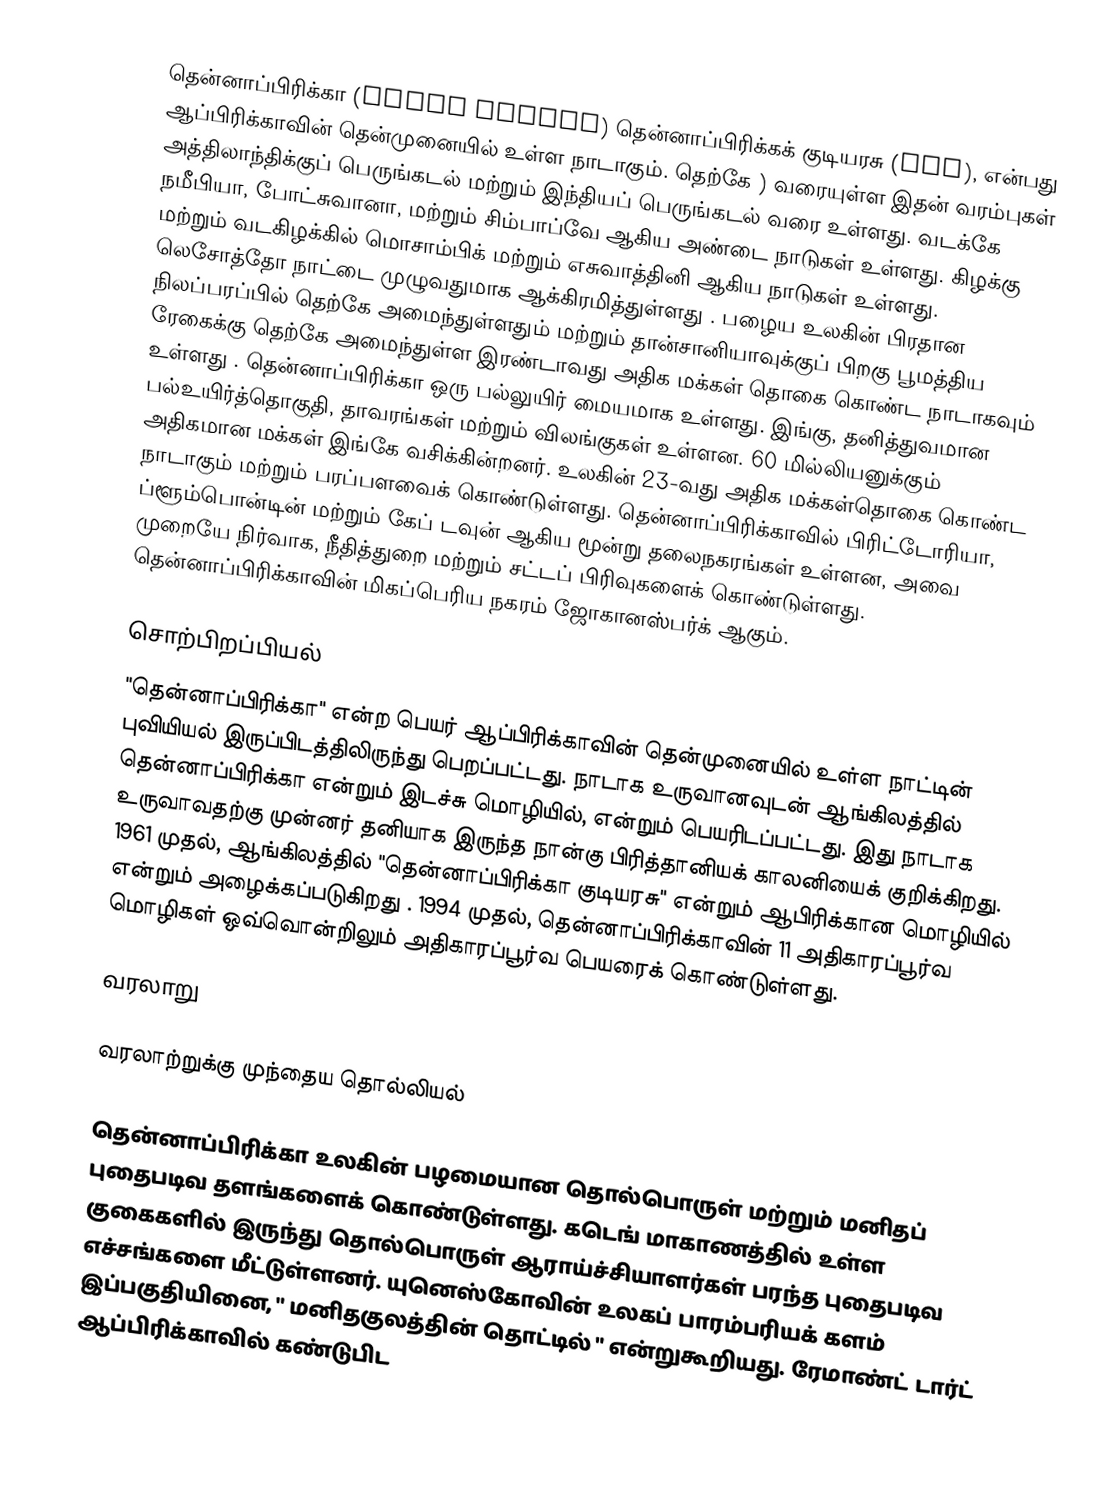
தென்னாப்பிரிக்கா (South Africa) தென்னாப்பிரிக்கக் குடியரசு (RSA), என்பது ஆப்பிரிக்காவின் தென்முனையில் உள்ள நாடாகும். தெற்கே  ) வரையுள்ள இதன் வரம்புகள் அத்திலாந்திக்குப் பெருங்கடல் மற்றும் இந்தியப் பெருங்கடல் வரை உள்ளது.     வடக்கே நமீபியா, போட்சுவானா, மற்றும் சிம்பாப்வே ஆகிய அண்டை நாடுகள் உள்ளது. கிழக்கு மற்றும் வடகிழக்கில் மொசாம்பிக் மற்றும் எசுவாத்தினி ஆகிய நாடுகள் உள்ளது.  லெசோத்தோ நாட்டை முழுவதுமாக ஆக்கிரமித்துள்ளது .   பழைய உலகின் பிரதான நிலப்பரப்பில் தெற்கே அமைந்துள்ளதும் மற்றும் தான்சானியாவுக்குப் பிறகு பூமத்திய ரேகைக்கு  தெற்கே அமைந்துள்ள இரண்டாவது அதிக மக்கள் தொகை கொண்ட நாடாகவும் உள்ளது . தென்னாப்பிரிக்கா ஒரு பல்லுயிர் மையமாக உள்ளது. இங்கு, தனித்துவமான பல்உயிர்த்தொகுதி, தாவரங்கள் மற்றும் விலங்குகள் உள்ளன. 60 மில்லியனுக்கும் அதிகமான மக்கள் இங்கே வசிக்கின்றனர். உலகின் 23-வது அதிக மக்கள்தொகை கொண்ட நாடாகும் மற்றும்  பரப்பளவைக் கொண்டுள்ளது. தென்னாப்பிரிக்காவில் பிரிட்டோரியா, ப்ளூம்பொன்டின் மற்றும் கேப் டவுன் ஆகிய மூன்று தலைநகரங்கள் உள்ளன, அவை முறையே  நிர்வாக, நீதித்துறை மற்றும் சட்டப் பிரிவுகளைக் கொண்டுள்ளது. தென்னாப்பிரிக்காவின் மிகப்பெரிய நகரம் ஜோகானஸ்பர்க் ஆகும்.

சொற்பிறப்பியல்
"தென்னாப்பிரிக்கா" என்ற பெயர் ஆப்பிரிக்காவின் தென்முனையில் உள்ள நாட்டின் புவியியல் இருப்பிடத்திலிருந்து பெறப்பட்டது. நாடாக உருவானவுடன் ஆங்கிலத்தில்  தென்னாப்பிரிக்கா என்றும் இடச்சு மொழியில்,   என்றும் பெயரிடப்பட்டது. இது நாடாக உருவாவதற்கு முன்னர் தனியாக இருந்த நான்கு பிரித்தானியக் காலனியைக் குறிக்கிறது. 1961 முதல், ஆங்கிலத்தில் "தென்னாப்பிரிக்கா குடியரசு" என்றும் ஆபிரிக்கான மொழியில்  என்றும் அழைக்கப்படுகிறது . 1994 முதல், தென்னாப்பிரிக்காவின் 11 அதிகாரப்பூர்வ மொழிகள் ஒவ்வொன்றிலும் அதிகாரப்பூர்வ பெயரைக் கொண்டுள்ளது.

வரலாறு

வரலாற்றுக்கு முந்தைய தொல்லியல்

தென்னாப்பிரிக்கா உலகின் பழமையான தொல்பொருள் மற்றும் மனிதப் புதைபடிவ தளங்களைக் கொண்டுள்ளது.    கடெங் மாகாணத்தில் உள்ள குகைகளில் இருந்து தொல்பொருள் ஆராய்ச்சியாளர்கள் பரந்த புதைபடிவ எச்சங்களை மீட்டுள்ளனர். யுனெஸ்கோவின் உலகப் பாரம்பரியக் களம் இப்பகுதியினை, " மனிதகுலத்தின் தொட்டில் " என்றுகூறியது. ரேமாண்ட் டார்ட் ஆப்பிரிக்காவில் கண்டுபிட